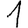
Digit: 1